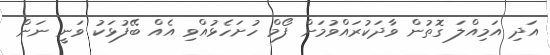
އަދި އަމިއްލަ ގޮތުން ވާދަކުރައްވުމަށް ފޯމް ހުށަހެޅުއްވި އެއް ބޭފުޅަކު ވަނީ ނަން